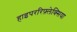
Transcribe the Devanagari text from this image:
हाइपररिफ़्लेक्सिया